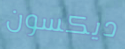
ديكسون